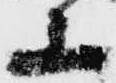
上